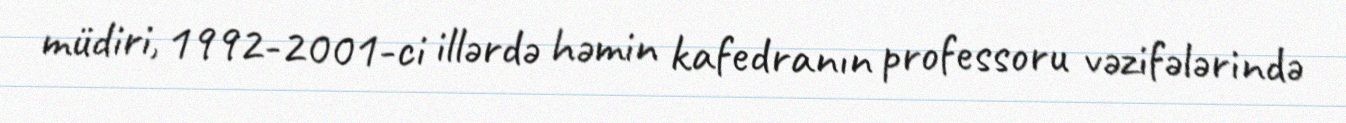
müdiri, 1992-2001-ci illərdə həmin kafedranın professoru vəzifələrində